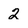
Character: 2